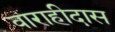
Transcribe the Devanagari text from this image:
वाराहीदास